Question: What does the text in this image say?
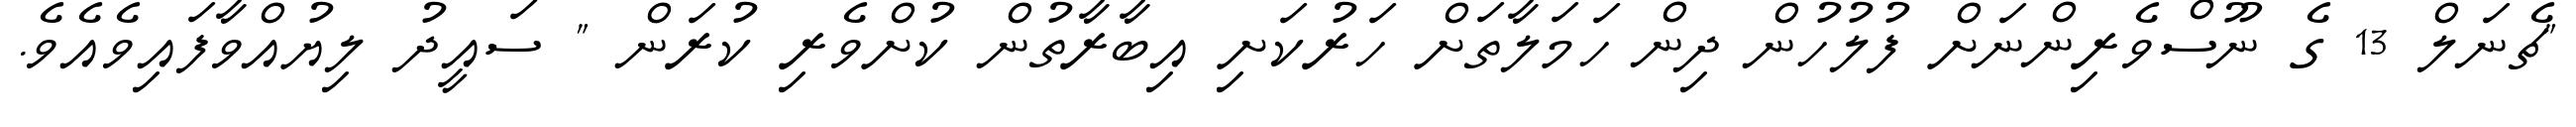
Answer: "ޗެނަލް 13 ގެ ނޫސްވެރިންނަށް ފުލުހުން ދިން ހަމަލާތަށް ހަރުކަށި އިބާރާތުން ކުށްވެރި ކުރަން " ސައީދު ލިޔުއްވާފައިވެއެވެ.